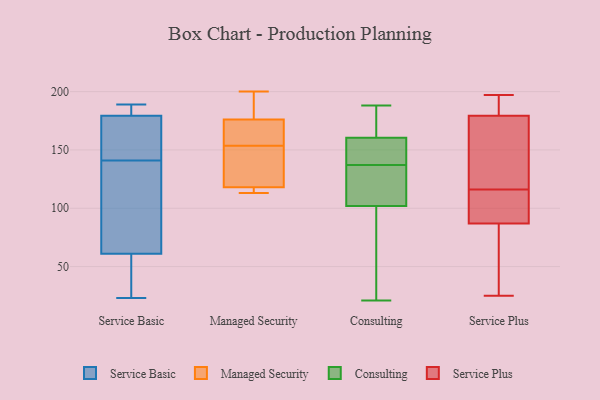
{"axis": {"x": "Population (Million)", "y": "Value"}, "legend": ["Consulting", "Managed Security", "Service Basic", "Service Plus"], "data": [{"x": "", "y": 189, "type": "Service Basic"}, {"x": "", "y": 147, "type": "Service Basic"}, {"x": "", "y": 115, "type": "Service Basic"}, {"x": "", "y": 179, "type": "Service Basic"}, {"x": "", "y": 186, "type": "Service Basic"}, {"x": "", "y": 180, "type": "Service Basic"}, {"x": "", "y": 110, "type": "Service Basic"}, {"x": "", "y": 36, "type": "Service Basic"}, {"x": "", "y": 23, "type": "Service Basic"}, {"x": "", "y": 154, "type": "Service Basic"}, {"x": "", "y": 25, "type": "Service Basic"}, {"x": "", "y": 43, "type": "Service Basic"}, {"x": "", "y": 80, "type": "Service Basic"}, {"x": "", "y": 141, "type": "Service Basic"}, {"x": "", "y": 186, "type": "Service Basic"}, {"x": "", "y": 67, "type": "Service Basic"}, {"x": "", "y": 160, "type": "Service Basic"}, {"x": "", "y": 144, "type": "Managed Security"}, {"x": "", "y": 163, "type": "Managed Security"}, {"x": "", "y": 123, "type": "Managed Security"}, {"x": "", "y": 167, "type": "Managed Security"}, {"x": "", "y": 176, "type": "Managed Security"}, {"x": "", "y": 200, "type": "Managed Security"}, {"x": "", "y": 181, "type": "Managed Security"}, {"x": "", "y": 117, "type": "Managed Security"}, {"x": "", "y": 118, "type": "Managed Security"}, {"x": "", "y": 113, "type": "Managed Security"}, {"x": "", "y": 188, "type": "Consulting"}, {"x": "", "y": 145, "type": "Consulting"}, {"x": "", "y": 92, "type": "Consulting"}, {"x": "", "y": 149, "type": "Consulting"}, {"x": "", "y": 148, "type": "Consulting"}, {"x": "", "y": 113, "type": "Consulting"}, {"x": "", "y": 129, "type": "Consulting"}, {"x": "", "y": 112, "type": "Consulting"}, {"x": "", "y": 172, "type": "Consulting"}, {"x": "", "y": 30, "type": "Consulting"}, {"x": "", "y": 187, "type": "Consulting"}, {"x": "", "y": 21, "type": "Consulting"}, {"x": "", "y": 165, "type": "Service Plus"}, {"x": "", "y": 190, "type": "Service Plus"}, {"x": "", "y": 158, "type": "Service Plus"}, {"x": "", "y": 47, "type": "Service Plus"}, {"x": "", "y": 83, "type": "Service Plus"}, {"x": "", "y": 184, "type": "Service Plus"}, {"x": "", "y": 109, "type": "Service Plus"}, {"x": "", "y": 116, "type": "Service Plus"}, {"x": "", "y": 25, "type": "Service Plus"}, {"x": "", "y": 149, "type": "Service Plus"}, {"x": "", "y": 99, "type": "Service Plus"}, {"x": "", "y": 197, "type": "Service Plus"}, {"x": "", "y": 103, "type": "Service Plus"}, {"x": "", "y": 77, "type": "Service Plus"}, {"x": "", "y": 191, "type": "Service Plus"}]}